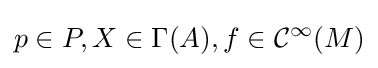
p\in P,X\in \Gamma (A),f\in {\mathcal {C}}^{\infty }(M)